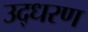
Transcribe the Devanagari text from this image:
उद्‍धरण